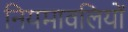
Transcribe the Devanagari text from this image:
नियमावलियों